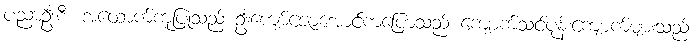
ပညာဦးစီး အထောက်ကူပြုသည့် ဦးကျော်ဇောအောင်ကပြောသည် ကျောက်သင်ပုန်းကျောက်များသည်